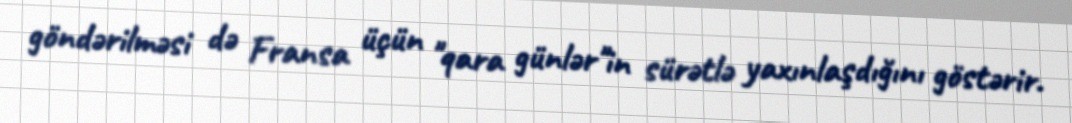
göndərilməsi də Fransa üçün "qara günlər"in sürətlə yaxınlaşdığını göstərir.